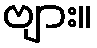
ဗျား။